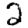
Digit: 2